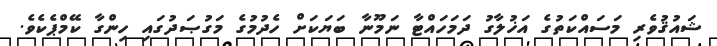
ޝައުޤުވެރި މަސައްކަތުގެ އަޚުލާގު ދަމަހައްޓާ ނަމޫނާ ބަޔަކަށް ހެދުމުގެ މަގުޞަދުގައި ހިންގާ ކޭމްޕެކެވެ.